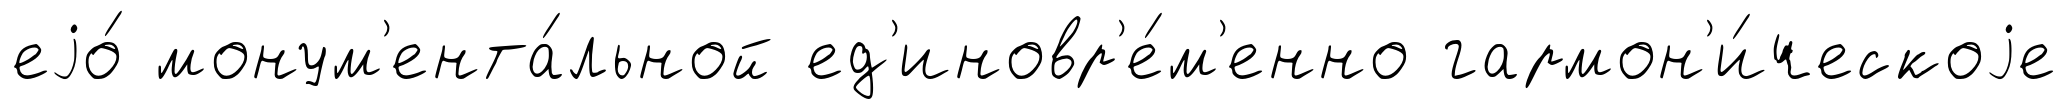
еjо́ монум'ента́льной ед'иновр'е́м'енно гармон'и́ческоjе